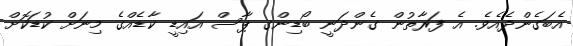
އެބަގެންދެއެވެ. އެ ފަރާތުން ގެންދަނީ ބޯޑިންގ ޕާސް އައިޑީ ކާޑެއްގެ މިނަށް ކުޑަކޮށް